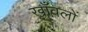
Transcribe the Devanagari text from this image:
खाँवलों